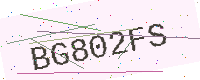
Text: BG802FS